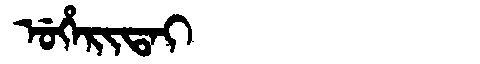
Manchu: ᡠᡥᡝᡵᡳᡨᠠᡳ
Romanization: UHERITAI